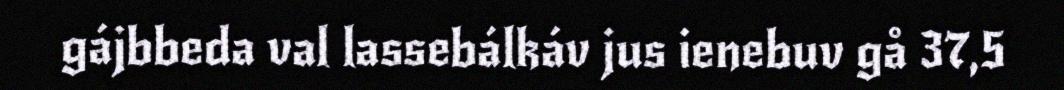
gájbbeda val lassebálkáv jus ienebuv gå 37,5